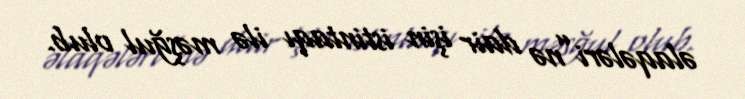
əlaqələri”nə dair işin istintaqı ilə məşğul olub.